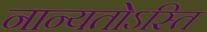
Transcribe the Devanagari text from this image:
नान्यतोऽस्ति